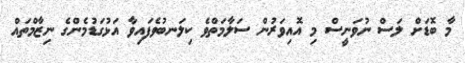
މާ ބޮޑަށް ލަސް ނުވަނީސް މި އޮއިވަރުން ސަލާމަތްވެ ކިލަނބުވެފައިވާ އަޅުގަޑުމެންގެ ނިޒާމްތައް